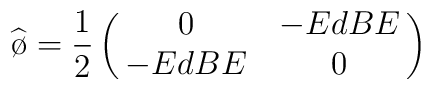
\widehat{\o}=\frac{1}{2}\begin{pmatrix}{0&-EdBE\cr-EdBE&0\cr}\end{pmatrix}